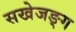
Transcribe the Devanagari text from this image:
सखेजङ्ग